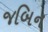
જબિન